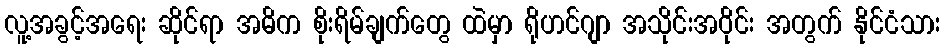
လူ့အခွင့်အရေး ဆိုင်ရာ အဓိက စိုးရိမ်ချက်တွေ ထဲမှာ ရိုဟင်ဂျာ အသိုင်းအဝိုင်း အတွက် နိုင်ငံသား